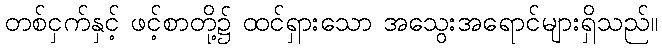
တစ်ငှက်နှင့် ဖင့်စာတို့၌ ထင်ရှားသော အသွေးအရောင်များရှိသည်။